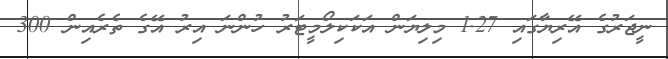
ނީޖަރުގެ އޭރިޔާގައި 1.27 މިލިޔަން އަކަކިލޯމީޓަރު ހުންނަ އިރު އޭގެ ތެރެއިން 300